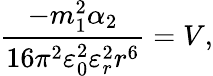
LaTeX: {\frac{-m_{1}^{2}\alpha_{2}}{16\pi^{2}\varepsilon_{0}^{2}\varepsilon_{r}^{2}r^{6}}}=V,